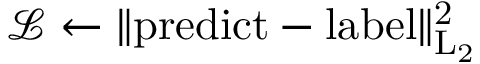
\mathcal { L } \gets \lVert \mathrm { { p r e d i c t } - \mathrm { { l a b e l } \rVert _ { L _ { 2 } } ^ { 2 } } }